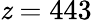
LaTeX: \mathit{z}=443